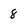
Character: 8